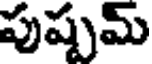
పుష్పమ్